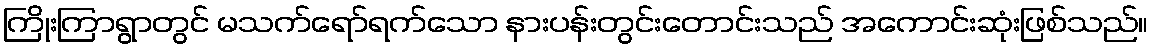
ကြိုးကြာရွာတွင် မသက်ရော်ရက်သော နားပန်းတွင်းတောင်းသည် အကောင်းဆုံးဖြစ်သည်။